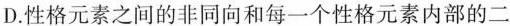
D.性格元素之间的非同向和每一个性格元素内部的二